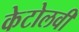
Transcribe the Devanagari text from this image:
केटोलवी